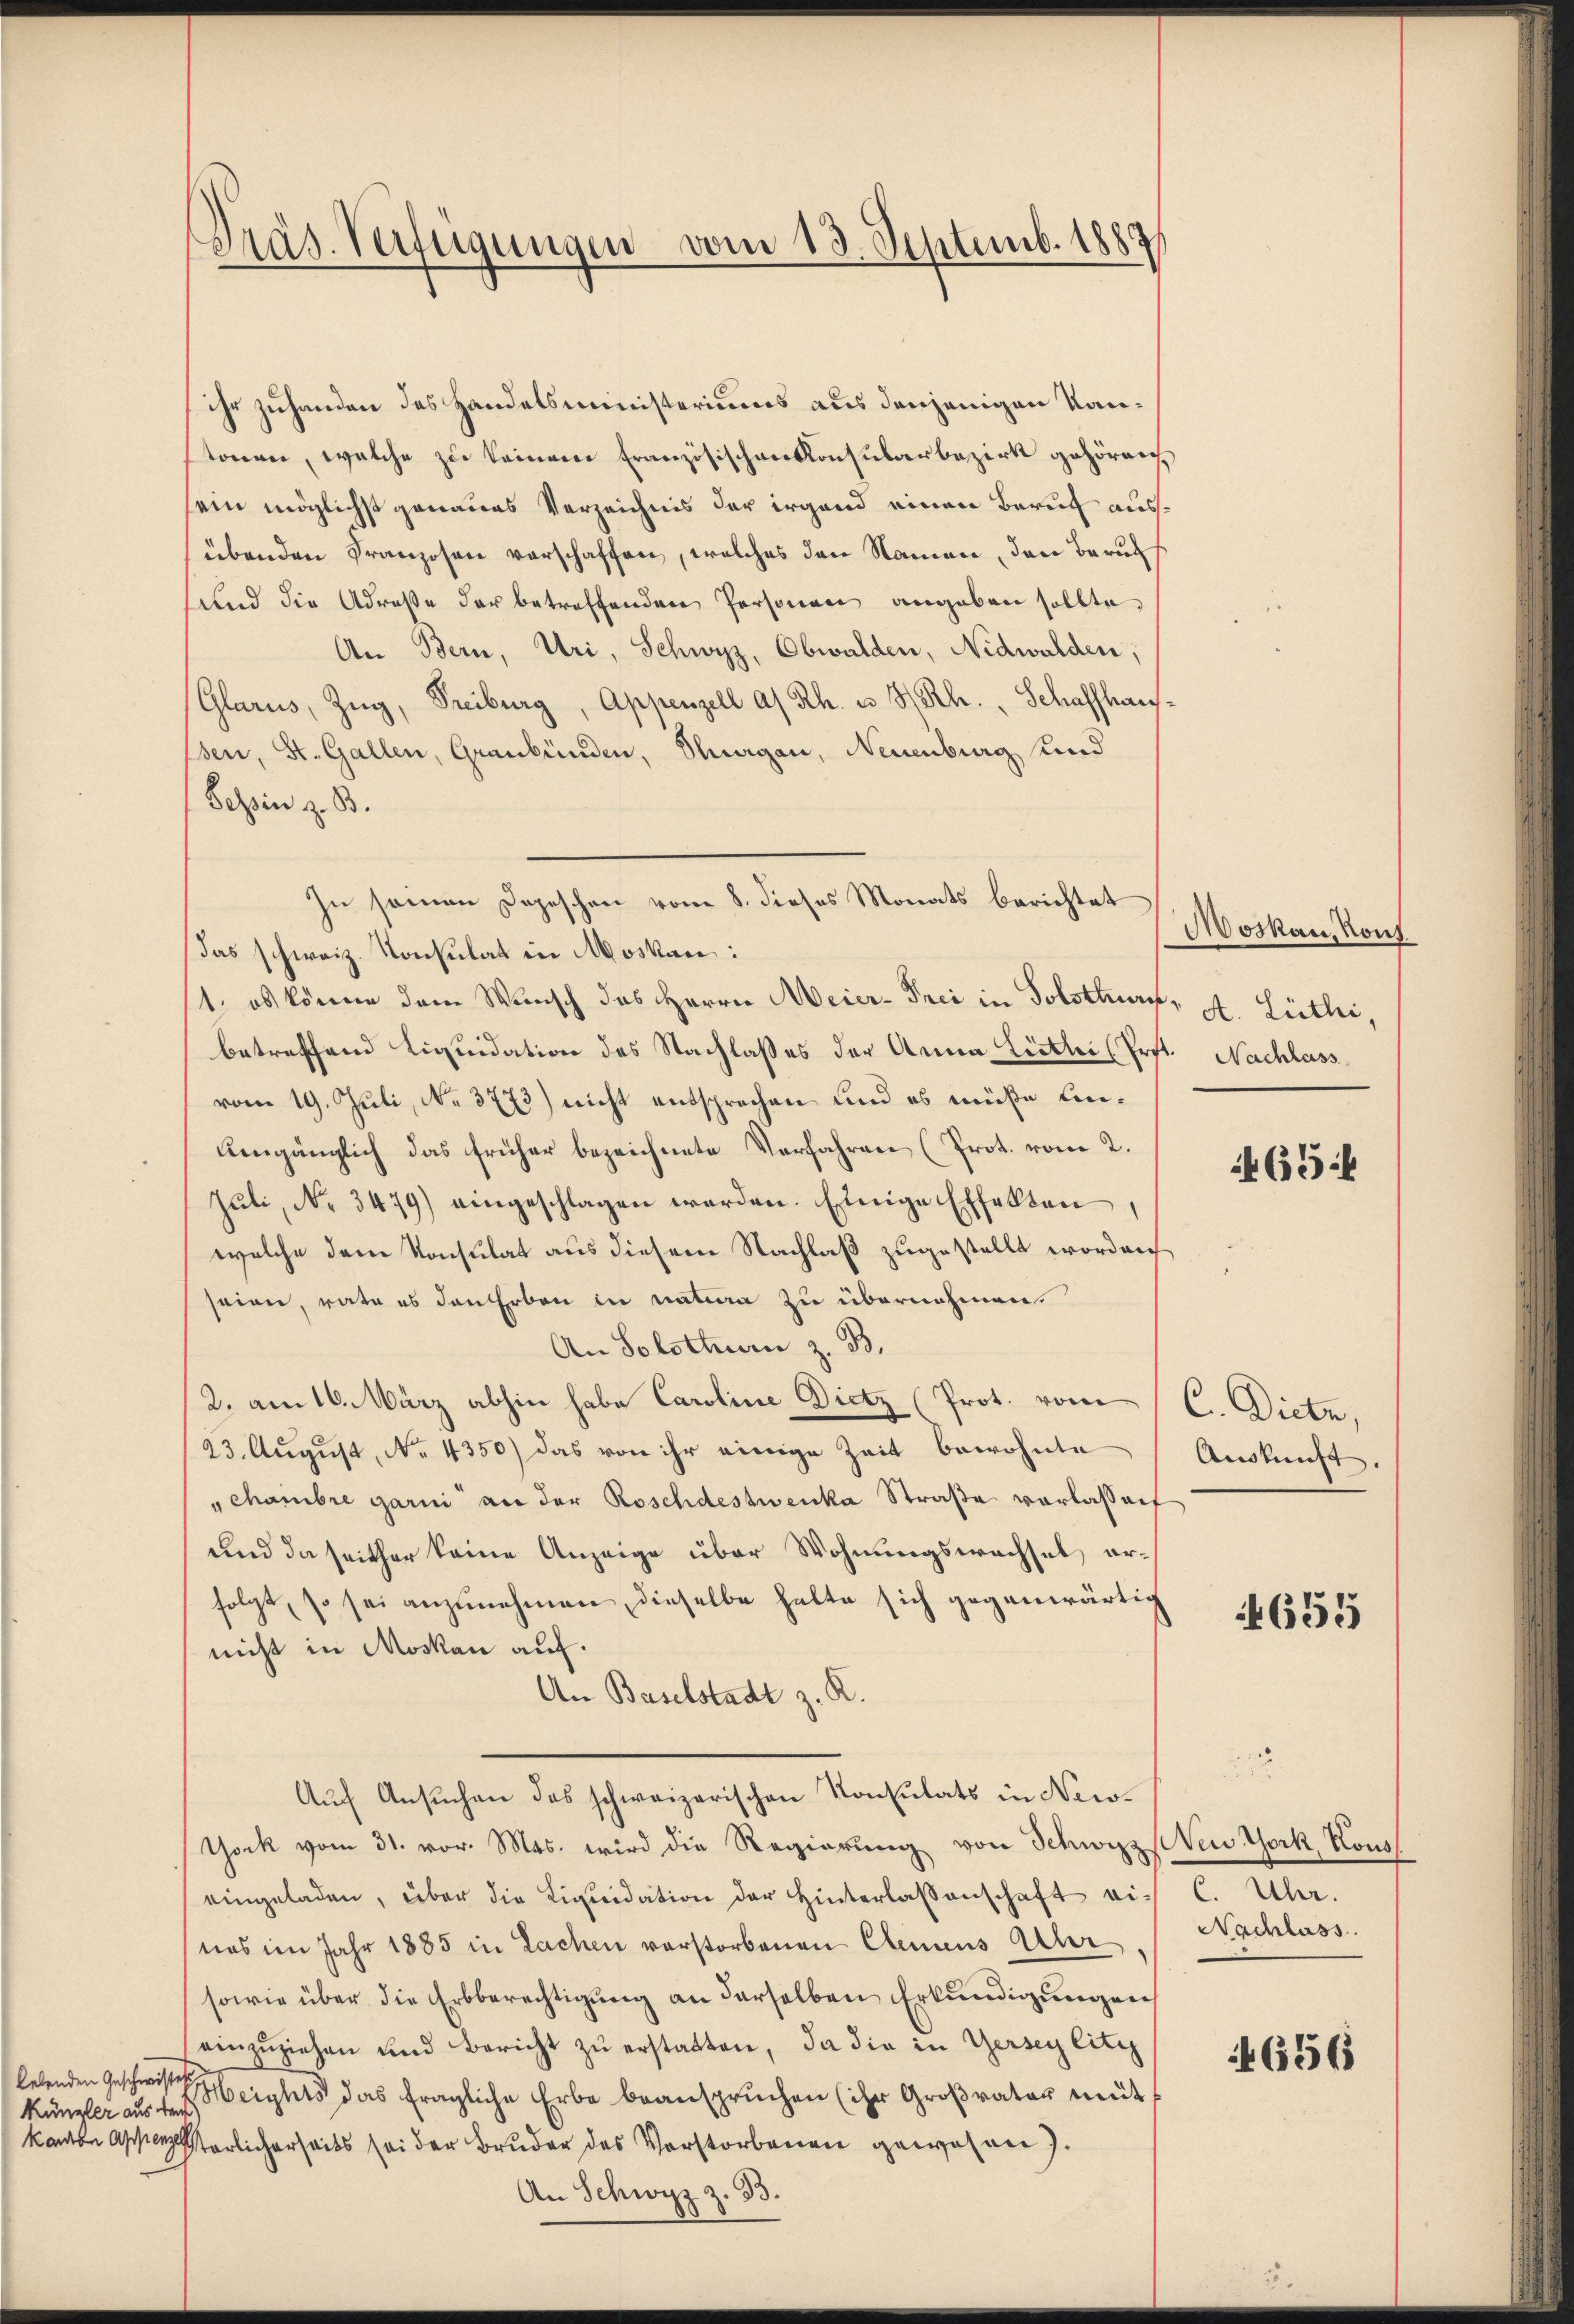
ihr zuhanden des Handelsministeriums aus denjenigen Kantonen, welche zu keinem Französischenkonsularbezirk gehörig
sein möglichst genaues Verzeichnis der irgend einen Beruf ausübenden Franzosen verschaffen, welches den Namen, den Beruh
und die Adresse der betreffenden Personen angeben sollte,
An Bern, Uri, Schwyz, Obwalden, Nidwalden,
(Glarus, Zug, Freiburg, Appenzell a/Rh. u HSth. Schaffhausssen, St. Gallen, Graubünden, Thurgau, Neuenburg und
Tessin z. B.
In seinen Depeschen vom 8. dieses Monats berichtet
Das schweiz. Konsulat in Moskau:
1. es könne dem Wunsch des Herrn Meier- Prei in Solothurn, A. Lüthi,
betreffend Liquidation des Nachlasses der Anna Lütler (Prft. Nachlass
vom 19. Juli, No. 3773) nicht entsprechen und es müße Ein¬
Uengänglich das früher bezeichnete Verfahren (Prot. vom 2.
Jŭli, No 3479) eingeschlagen werden. Einige Effekten,
welche dem Konsulat aus diesem Nachlaß zugestellt worden,
seien, rata es den Erben in nation zu übernehmen.
An Solothurn z. B.
2. am 16. März abhin habe Caroline Dietz (Prot. vom C. Dietz,
23. August, No. 4350) das von ihr einige Zeit bewohnte
"chambre garni an der Roschdestwenka Straße vorlassenf
und da seither keine Anzeige über Wohnungswachsel, erfolgt, so sei anzunehmen, dieselbe halte sich gegenwärtig
nicht in Moskau auf.
An Baselstadt z. R.
Auf Ansuchen des schweizerischen Konsulats in Newotock vom 31. vor. Mts. wird die Regierung von Schwyz New York, Kons
eingeladen, über die Liquidation der Hinterlassenschaft vis C. Über-
nas im Jahr 1885 in Lachen verstorbenen Clemens Uhr
sowie über die Erbberechtigung an derselben Erkundigungen
einzŭziehen und Bericht zŭ erstatten, da die in Gerseylitzz
lebenden Geschweren geeights das fragliche Erbe beanspruchen (ihr Großrater mit
Künzler aus dem
kanton Appensterlicherseits sei der Bruder des Vorstorbenen gewesen).
An Schwyz z. B.

Präs. Verfügungen vom 13. Septemb. 1883

Moskau, Konf

465 f

Auskunft

655

Nachlass

656